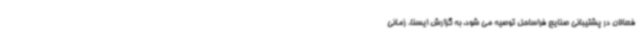
فعالان در پشتیبانی صنایع فراساحل توصیه می شود. به گزارش ایسنا، زمانی